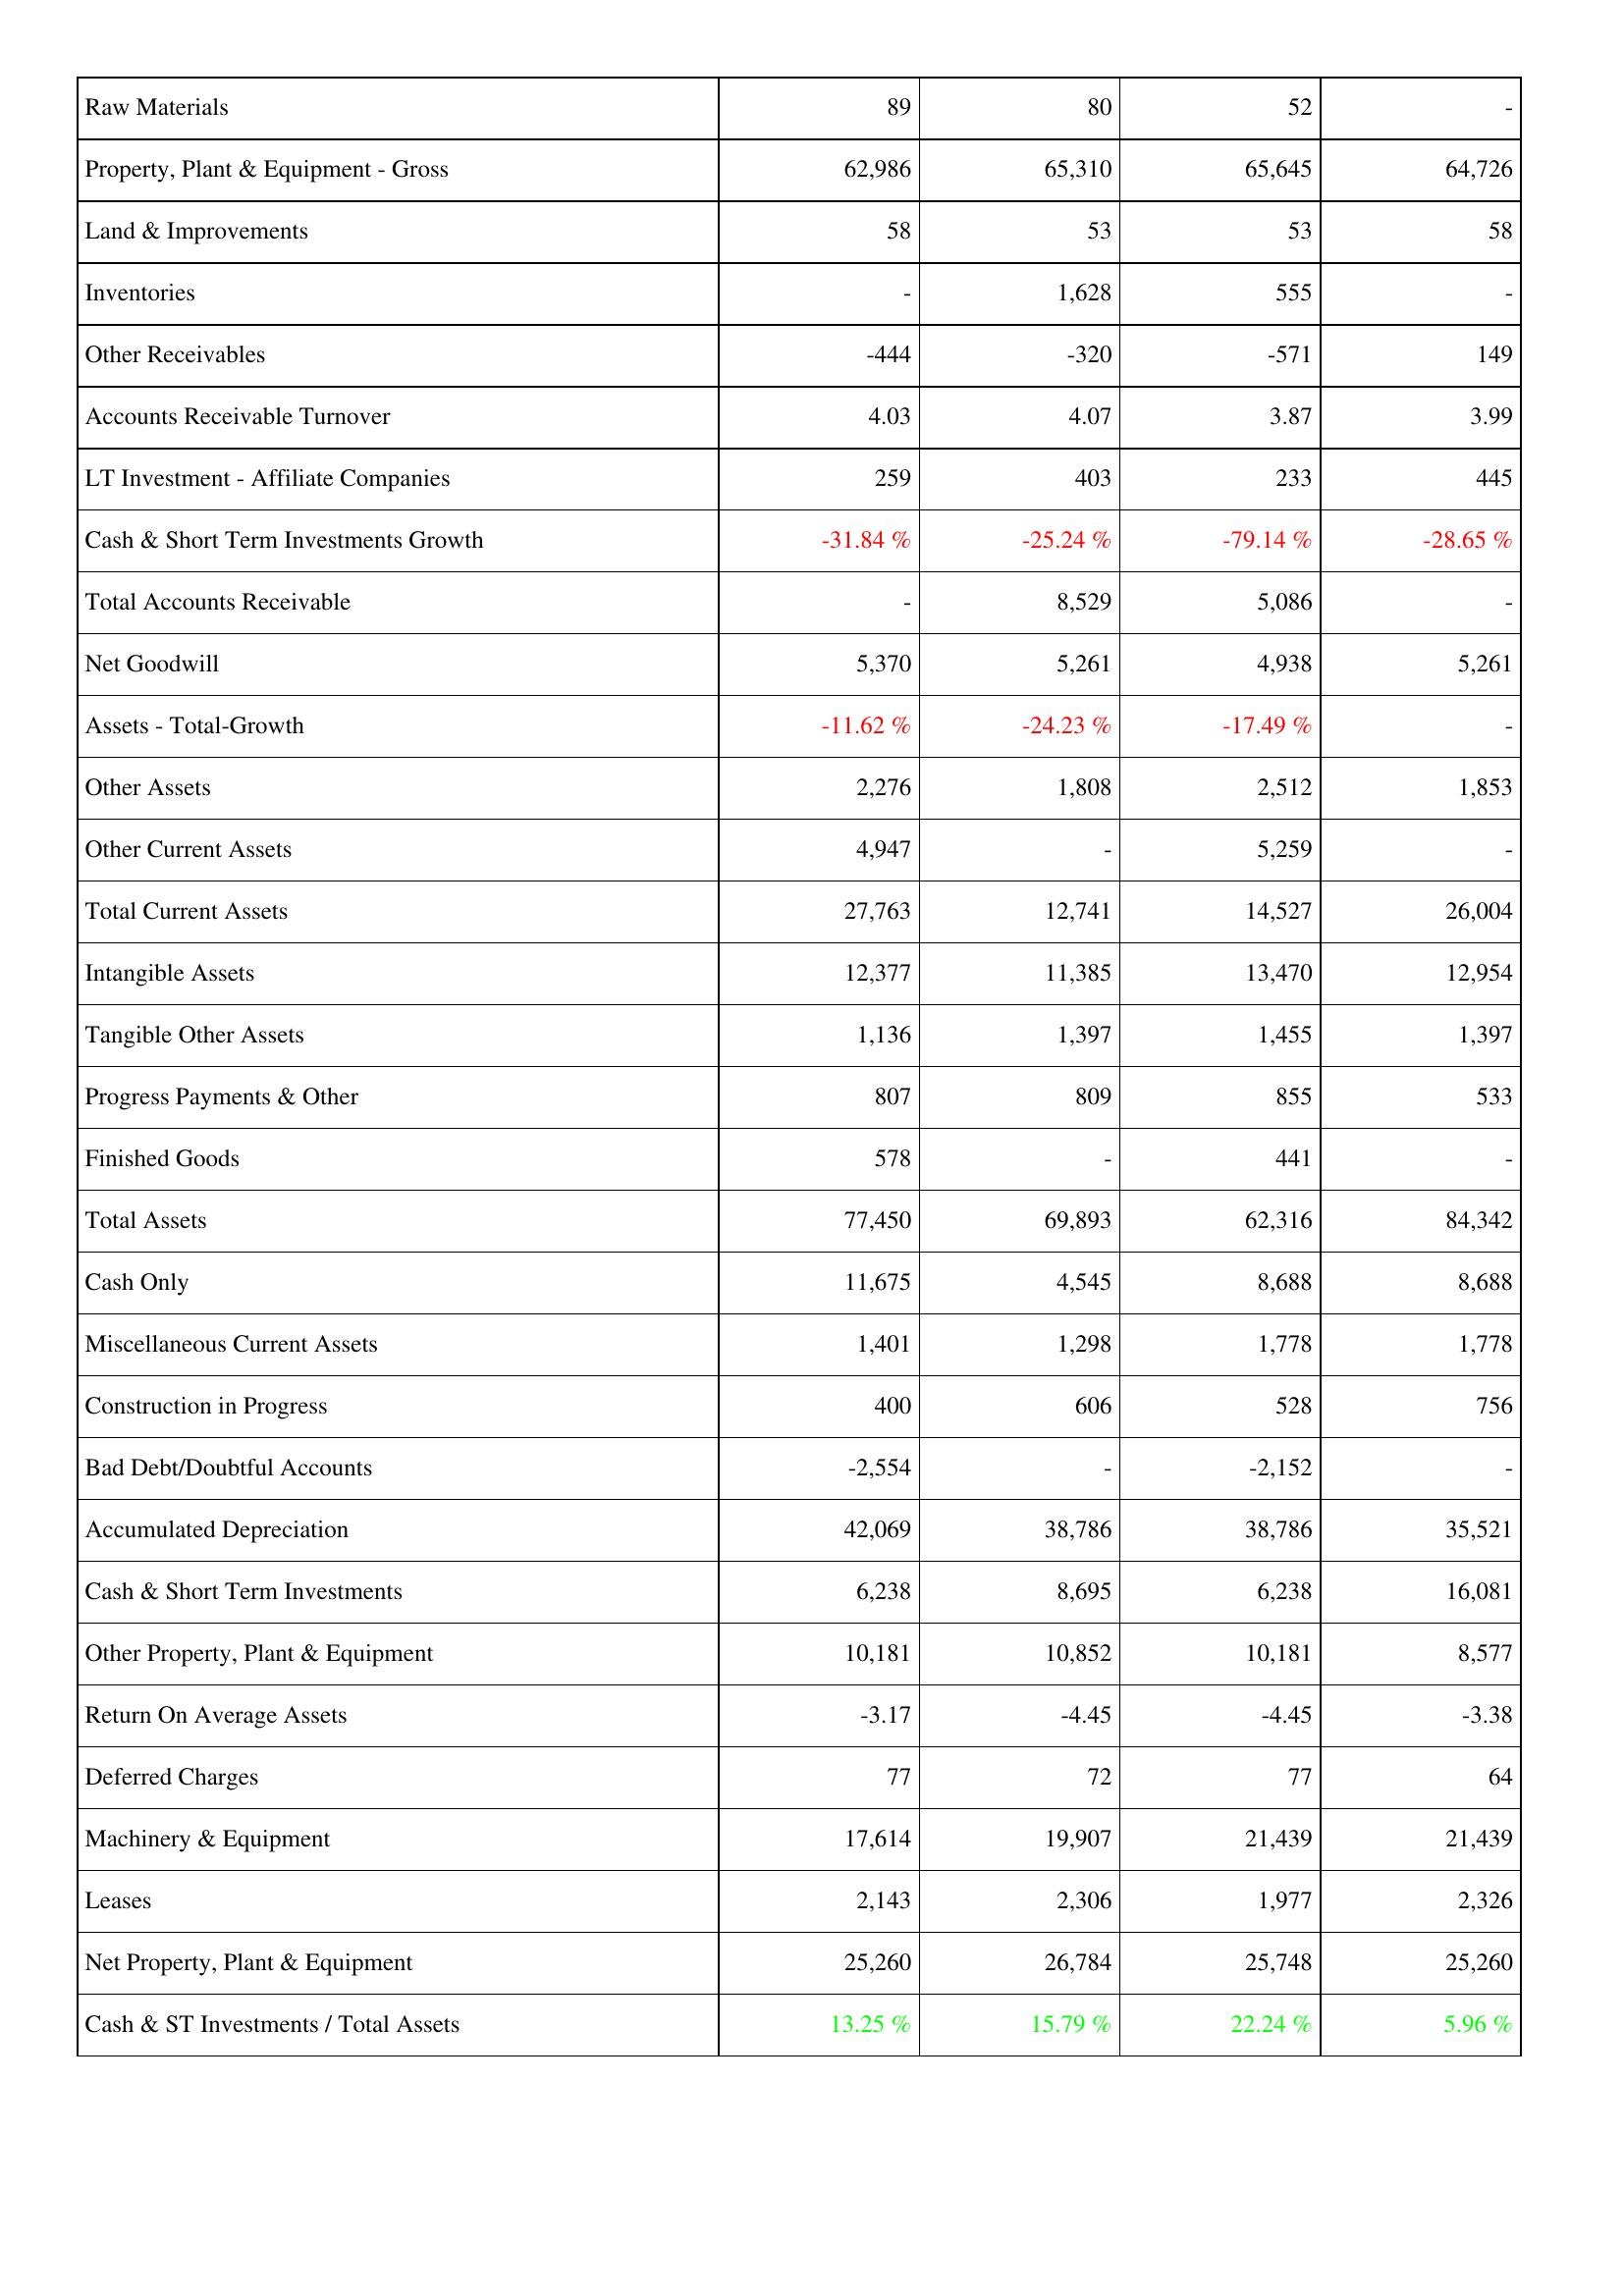
2009: Assets: Raw Materials: 89
Property, Plant & Equipment - Gross: 62,986
Land & Improvements: 58
Inventories: -
Other Receivables: -444
Accounts Receivable Turnover: 4.03
LT Investment - Affiliate Companies: 259
Cash & Short Term Investments Growth: -31.84 %
Total Accounts Receivable: -
Net Goodwill: 5,370
Assets - Total-Growth: -11.62 %
Other Assets: 2,276
Other Current Assets: 4,947
Total Current Assets: 27,763
Intangible Assets: 12,377
Tangible Other Assets: 1,136
Progress Payments & Other: 807
Finished Goods: 578
Total Assets: 77,450
Cash Only: 11,675
Miscellaneous Current Assets: 1,401
Construction in Progress: 400
Bad Debt/Doubtful Accounts: -2,554
Accumulated Depreciation: 42,069
Cash & Short Term Investments: 6,238
Other Property, Plant & Equipment: 10,181
Return On Average Assets: -3.17
Deferred Charges: 77
Machinery & Equipment: 17,614
Leases: 2,143
Net Property, Plant & Equipment: 25,260
Cash & ST Investments / Total Assets: 13.25 %
2010: Assets: Raw Materials: 80
Property, Plant & Equipment - Gross: 65,310
Land & Improvements: 53
Inventories: 1,628
Other Receivables: -320
Accounts Receivable Turnover: 4.07
LT Investment - Affiliate Companies: 403
Cash & Short Term Investments Growth: -25.24 %
Total Accounts Receivable: 8,529
Net Goodwill: 5,261
Assets - Total-Growth: -24.23 %
Other Assets: 1,808
Other Current Assets: -
Total Current Assets: 12,741
Intangible Assets: 11,385
Tangible Other Assets: 1,397
Progress Payments & Other: 809
Finished Goods: -
Total Assets: 69,893
Cash Only: 4,545
Miscellaneous Current Assets: 1,298
Construction in Progress: 606
Bad Debt/Doubtful Accounts: -
Accumulated Depreciation: 38,786
Cash & Short Term Investments: 8,695
Other Property, Plant & Equipment: 10,852
Return On Average Assets: -4.45
Deferred Charges: 72
Machinery & Equipment: 19,907
Leases: 2,306
Net Property, Plant & Equipment: 26,784
Cash & ST Investments / Total Assets: 15.79 %
2011: Assets: Raw Materials: 52
Property, Plant & Equipment - Gross: 65,645
Land & Improvements: 53
Inventories: 555
Other Receivables: -571
Accounts Receivable Turnover: 3.87
LT Investment - Affiliate Companies: 233
Cash & Short Term Investments Growth: -79.14 %
Total Accounts Receivable: 5,086
Net Goodwill: 4,938
Assets - Total-Growth: -17.49 %
Other Assets: 2,512
Other Current Assets: 5,259
Total Current Assets: 14,527
Intangible Assets: 13,470
Tangible Other Assets: 1,455
Progress Payments & Other: 855
Finished Goods: 441
Total Assets: 62,316
Cash Only: 8,688
Miscellaneous Current Assets: 1,778
Construction in Progress: 528
Bad Debt/Doubtful Accounts: -2,152
Accumulated Depreciation: 38,786
Cash & Short Term Investments: 6,238
Other Property, Plant & Equipment: 10,181
Return On Average Assets: -4.45
Deferred Charges: 77
Machinery & Equipment: 21,439
Leases: 1,977
Net Property, Plant & Equipment: 25,748
Cash & ST Investments / Total Assets: 22.24 %
2012: Assets: Raw Materials: -
Property, Plant & Equipment - Gross: 64,726
Land & Improvements: 58
Inventories: -
Other Receivables: 149
Accounts Receivable Turnover: 3.99
LT Investment - Affiliate Companies: 445
Cash & Short Term Investments Growth: -28.65 %
Total Accounts Receivable: -
Net Goodwill: 5,261
Assets - Total-Growth: -
Other Assets: 1,853
Other Current Assets: -
Total Current Assets: 26,004
Intangible Assets: 12,954
Tangible Other Assets: 1,397
Progress Payments & Other: 533
Finished Goods: -
Total Assets: 84,342
Cash Only: 8,688
Miscellaneous Current Assets: 1,778
Construction in Progress: 756
Bad Debt/Doubtful Accounts: -
Accumulated Depreciation: 35,521
Cash & Short Term Investments: 16,081
Other Property, Plant & Equipment: 8,577
Return On Average Assets: -3.38
Deferred Charges: 64
Machinery & Equipment: 21,439
Leases: 2,326
Net Property, Plant & Equipment: 25,260
Cash & ST Investments / Total Assets: 5.96 %